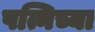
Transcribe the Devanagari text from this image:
पत्निच्या